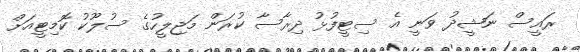
ރައީސް ނަޝީދު ވަނީ އެ ސިޓީފުޅު ދިރާސާ ކުރަން މަޖިލީހުގެ ސުލޫކު ކޮމިޓީއަށް